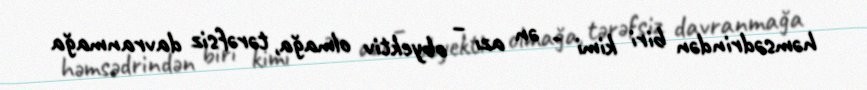
həmsədrindən biri kimi - ən azı – obyektiv olmağa, tərəfsiz davranmağa